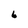
Character: 6